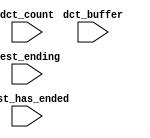
module ddr3_s4_uniphy_p0_qsys_sequencer_cpu_inst_oci_test_bench (
                                                                  // inputs:
                                                                   dct_buffer,
                                                                   dct_count,
                                                                   test_ending,
                                                                   test_has_ended
                                                                )
;

  input   [ 29: 0] dct_buffer;
  input   [  3: 0] dct_count;
  input            test_ending;
  input            test_has_ended;


endmodule